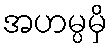
အဟမ္ပမှိ